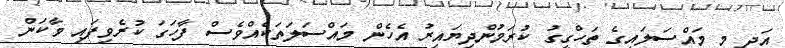
އަދި މި މައްސަލައިގެ ތަހްގީގު ކުރަމުންދިޔައިރު އެހެން މައްސަލަތަކެއްވެސް ފާހަގަ ކުރެވިފައި ވާކަން